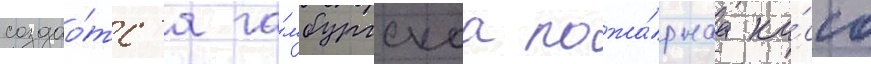
создао́тс'я га́мбургскаа пожа́рнаа ка́сса